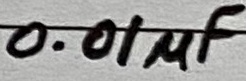
Text: 0.01µF